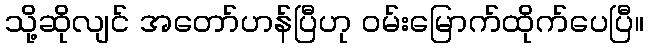
သို့ဆိုလျင် အတော်ဟန်ပြီဟု ဝမ်းမြောက်ထိုက်ပေပြီ။